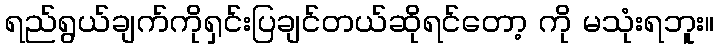
ရည်ရွယ်ချက်ကိုရှင်းပြချင်တယ်ဆိုရင်တော့ ကို မသုံးရဘူး။